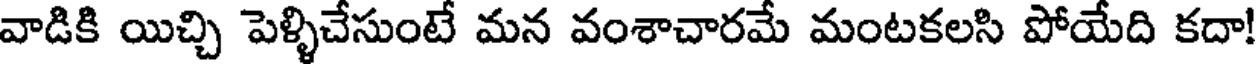
వాడికి యిచ్చి పెళ్ళిచేసుంటే మన వంశాచారమే మంటకలసి పోయేది కదా!